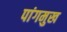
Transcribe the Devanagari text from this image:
पांगमुख